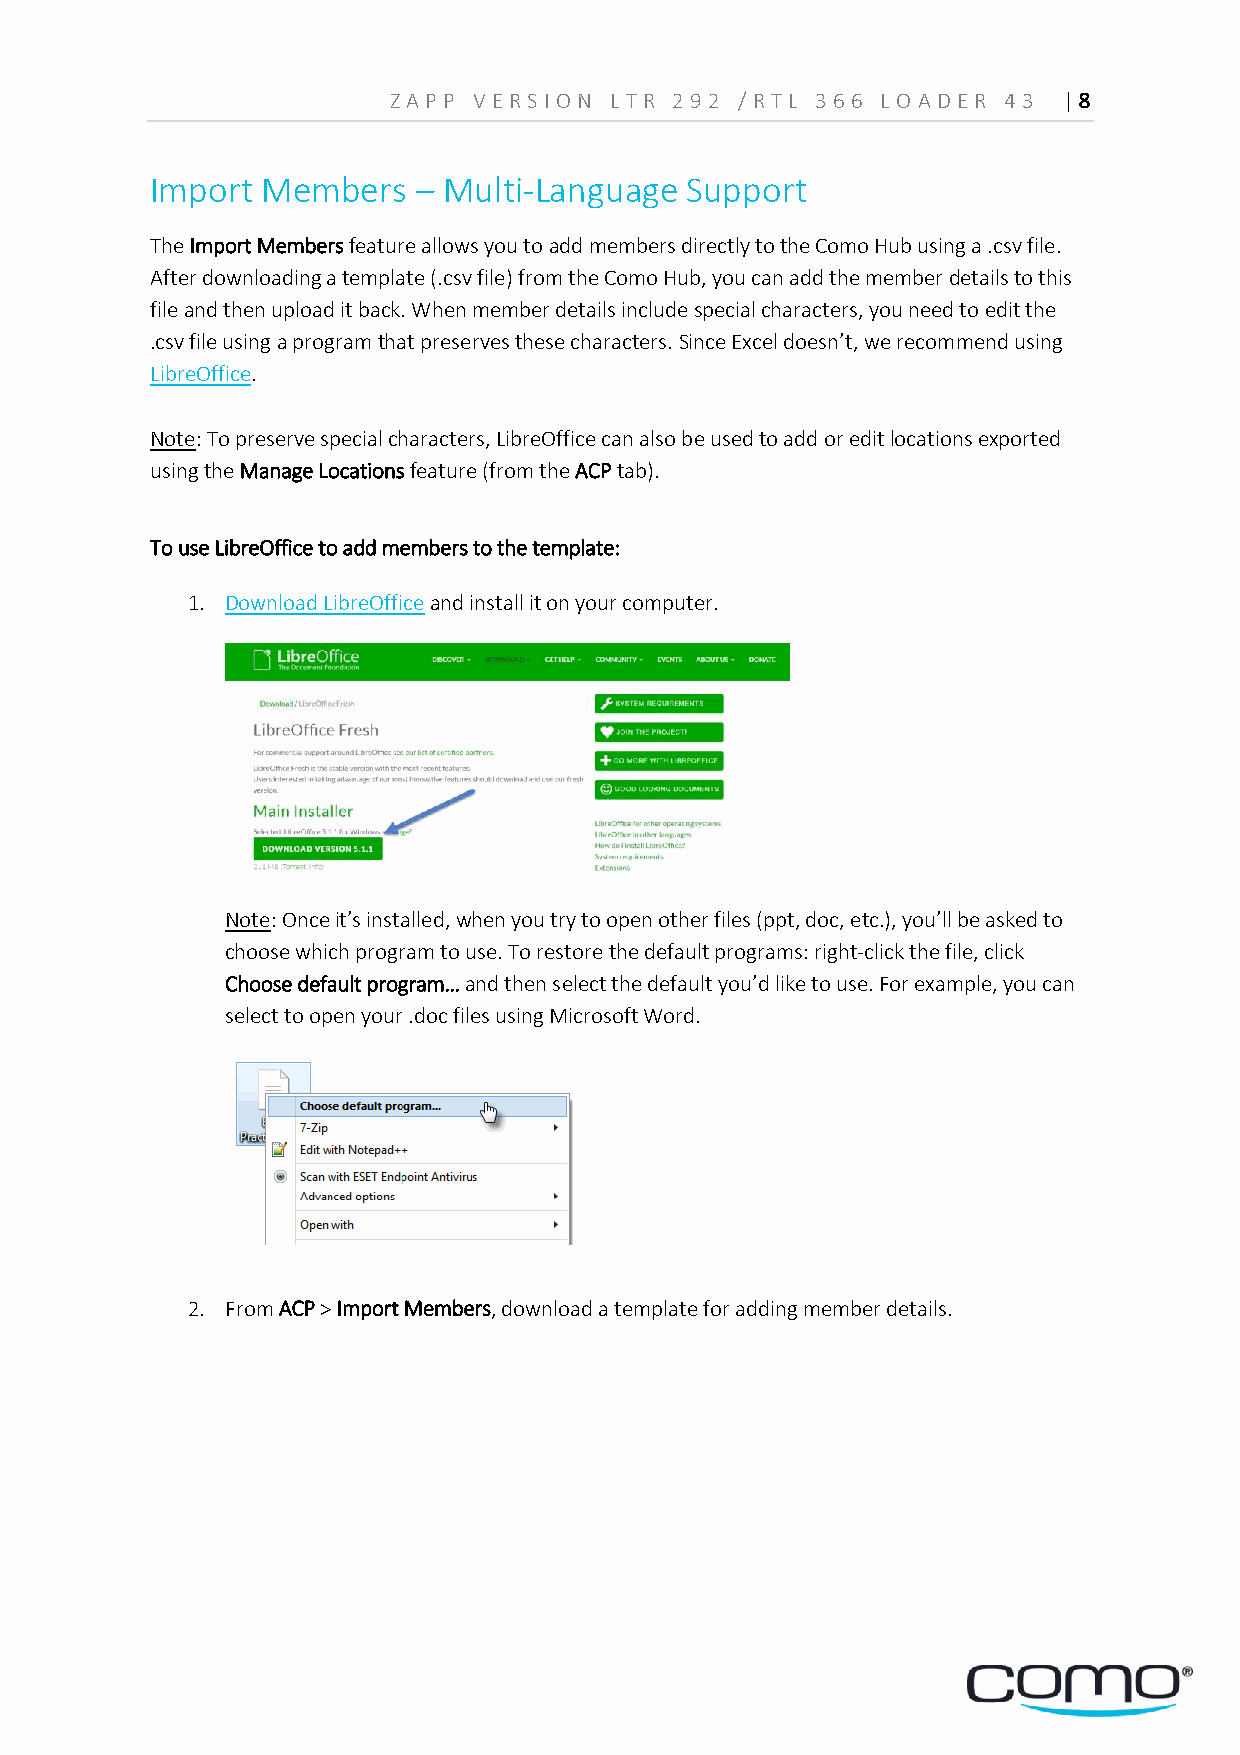
Z A PP VERS ION L TR 29 2 /RTL 36 6 LOA D ER 4 3 | 8
 Import Members    – Multi-Language Support
 The Import Members feature allows you to add members directly to the Como Hub using a .csv file.
 After downloading a template (.csv file) from the Como Hub, you can add the member details to this
 file and then upload it back. When member details include special characters, you need to edit the
 .csv file using a program that preserves these characters. Since Excel doesn’t, we recommend using
 LibreOffice.
 Note: To preserve special characters, LibreOffice can also be used to add or edit locations exported
 using the Manage Locations feature (from the ACP tab).
 To use LibreOffice to add members to the template:
 1. Download LibreOffice and install it on your computer.
 Note: Once it’s installed, when you try to open other files (ppt, doc, etc.), you’ll be asked to
 choose which program to use. To restore the default programs: right-click the file, click
 Choose default program… and then select the default you’d like to use. For example, you can
 select to open your .doc files using Microsoft Word.
 2. From ACP > Import Members, download a template for adding member details.